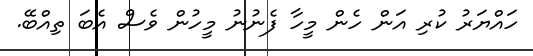
ހައްޔަރު ކުރި އަން ހެން މީހާ ފެނުނު މީހުން ވެސް އެބަ ތިއްބޭ.